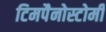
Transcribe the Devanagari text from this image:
टिमपैनोस्टोमी